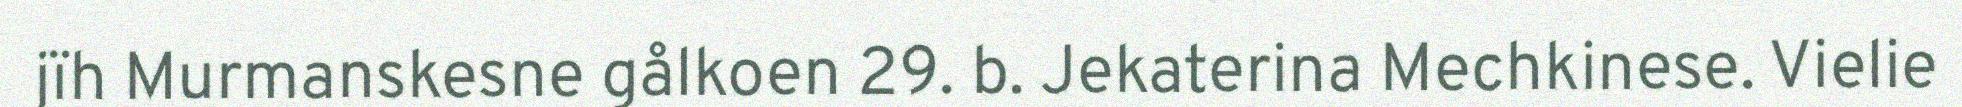
jïh Murmanskesne gålkoen 29. b. Jekaterina Mechkinese. Vielie